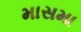
માસમા